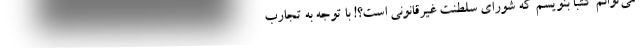
می‌توانم کتبا بنویسم که شورای سلطنت غیرقانونی است؟! با توجه به تجارب